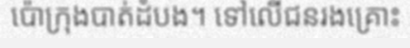
ប៉ោក្រុងបាត់ដំបង។ ទៅលើជនរងគ្រោះ